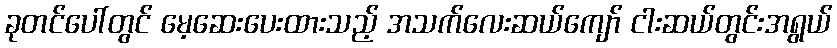
ခုတင်ပေါ်တွင် မေ့ဆေးပေးထားသည့် အသက်လေးဆယ်ကျော် ငါးဆယ်တွင်းအရွယ်